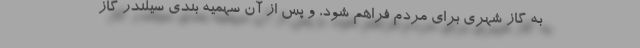
به گاز شهری برای مردم فراهم شود، و پس از آن سهمیه بندی سیلندر گاز